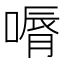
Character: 𠼉